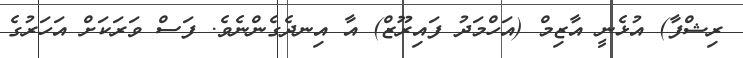
ރިޝްފާ) އުޅެނީ އާޒިމް (އަހްމަދު ފައިރޫޒް) އާ އިނދެގެންނެވެ. ފަސް ވަރަކަށް އަހަރުގެ